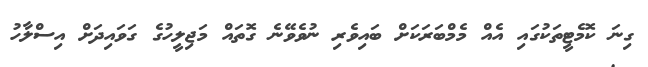
ގިނަ ކޮމެޓީތަކުގައި އެއް މެމްބަރަކަށް ބައިވެރި ނުވެވޭނެ ގޮތައް މަޖިލީހުގެ ގަވައިދަށް އިސްލާހު